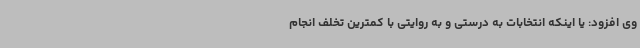
وی افزود: یا اینکه انتخابات به درستی و به روایتی با کمترین تخلف انجام